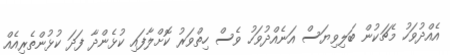
އެއްދުވަހު މެޗަކުން ބަލިވިޔަސް އަނެއްދުވަހު ވެސް ހިތްވަރު ކޮށްލާފައި ކުޅެންދާ ފަދަ ކުޅުންތެރިއެއް